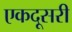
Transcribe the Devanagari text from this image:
एकदूसरी